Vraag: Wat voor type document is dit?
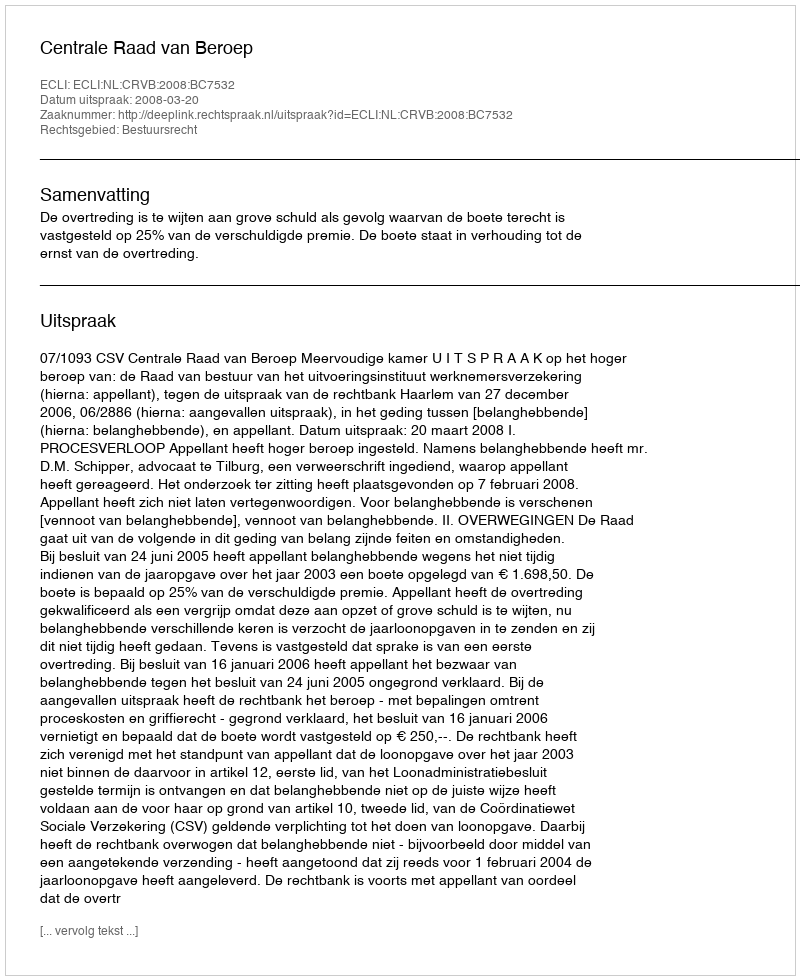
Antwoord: Uitspraak